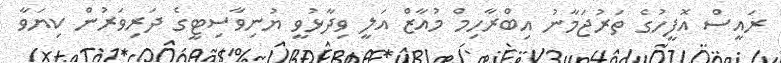
ރައީސް އޮފީހުގެ ތަރުޖަމާނު އިބްރާހިމް މުއާޒް އަލީ ވިދާޅުވީ ޔުނިވާސިޓީގެ ދަރިވަރުން ކިޔަވާ